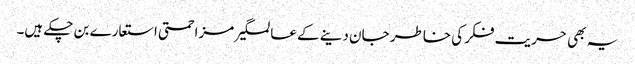
یہ بھی حریت فکر کی خاطر جان دینے کے عالمگیر مزاحمتی استعارے بن چکے ہیں۔